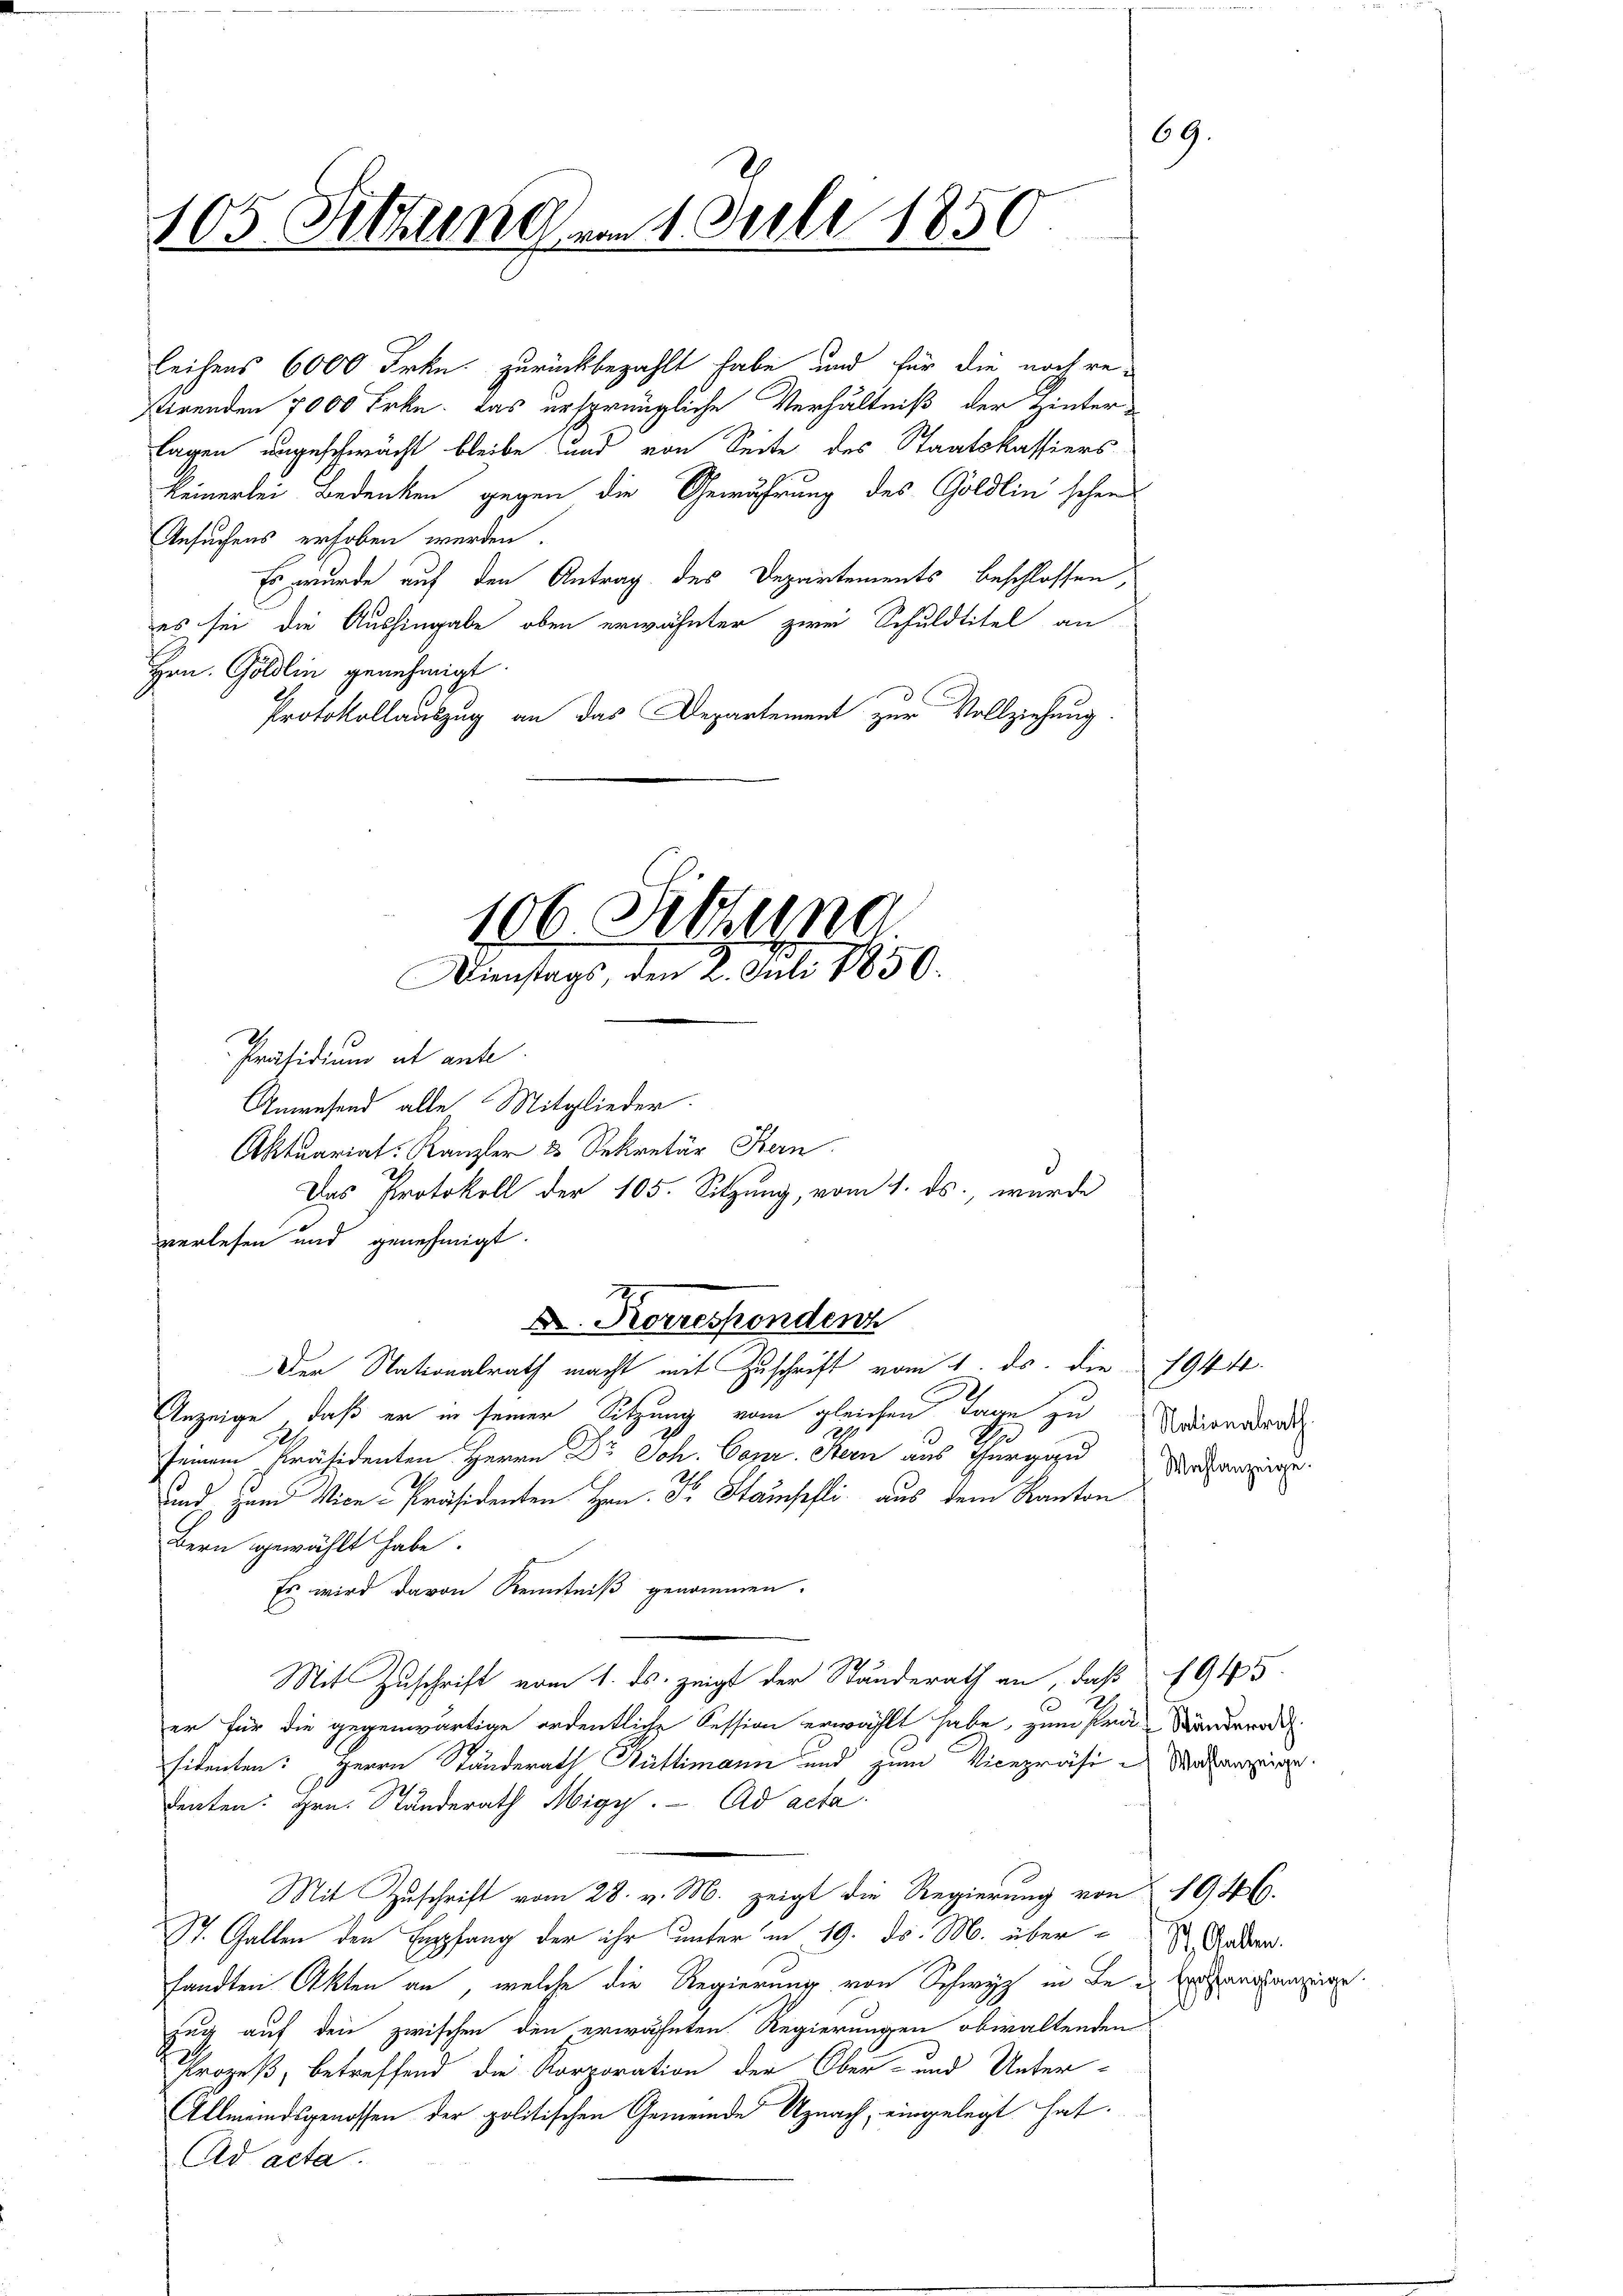
105 Sitzungen 1. Juli 1850.

leihens 6000 Frkn. zurückbezahlt habe, und für die noch restirenden 7000 Frkn. das ursprüngliche Verhältniß der Hinterlagen angeschwächt bleibe und von Seite des Staatskassiers
keinerlei Bedenken gegen die Gewährung des Göldlin schens
Ansuchens erhoben werden.
Es wurde auf den Antrag des Departements beschlossen,
es sei die Aushingabe oben erwähnter zwei Schuldtitel an
Hrn. Göldlin genehmigt.
Protokollauszug an das Departement zur Vollziehung

106. Stund
Dienstags, den 2. Juli 1850.

Präsidium et ante.
Anwesend alle Mitglieder.
Aktuariat-Kanzler 20 Sekretär Bern
verlesen und genehmigt.
Anzeige, daß er in seiner Sitzung vom gleichen Tage zu Seiendrat
e
seinem Präsidenten Herrn Dr Joh. Canz. Stern aus Thurgau Materie
und zum Vice-Präsidenten Hrn. F. Stampfli aus dem Kanton
dern gewählt habe.
Es wird davon Kenntniß genommen.
Mit Zuschrift vom 1. ds. zeigt der Stunderath an, daß 1945

er für die gegenwärtige ordentliche Session erwählt habe, zum Prä- Sanderodel
sidenten: Herrn Standerath Büttimann und zum Vicepräsi Metzg
2.
denten. Hrn. Standerath Nigy. Ad acta.
Mit Zuschrift vom 28. v. M. zeigt die Regierung von 1946.
St. Gallen den Empfang der ihr unter in 19. ds. M. übersandten Akten an, welche die Regierung von Schwyz in der Erlenstanzige
zug auf den zwischen den erwähnten Regierungen obwaltenden
Prozeß, betreffend die Korporation der Ober- und Unter-
Allmeindsgenossen der politischen Gemeinde Uznach, eingelegt hat.
Ad acta.

Das Protokoll der 105. Sitzung, vom 1. ds., wurde
Dr. Korrespondenz
Der Nationalrath macht mit Zuschrift vom 1. ds. die 1944.

69.

St. Gallen.